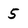
Character: 5